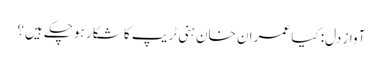
آوازِ دل: کیا عمران خان ہنی ٹریپ کا شکار ہوچکے ہیں؟